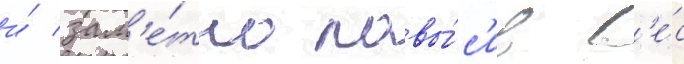
и́ зам'е́тно повы́с'ив в'е́с